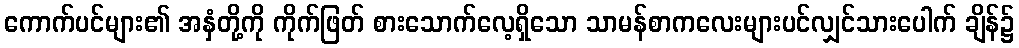
ကောက်ပင်များ၏ အနှံတို့ကို ကိုက်ဖြတ် စားသောက်လေ့ရှိသော သာမန်စာကလေးများပင်လျှင်သားပေါက် ချိန်၌